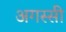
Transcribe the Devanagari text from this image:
अगस्सी